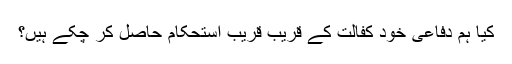
کیا ہم دفاعی خود کفالت کے قریب قریب استحکام حاصل کر چکے ہیں؟